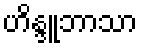
ဟိန္ဒူဘာသာ